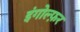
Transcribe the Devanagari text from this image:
इंगोल्फ़र